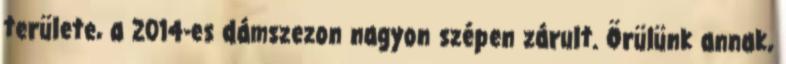
területe, a 2014-es dámszezon nagyon szépen zárult. Örülünk annak,